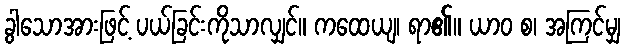
ခွါသောအားဖြင့် ပယ်ခြင်းကိုသာလျှင်။ ကထေယျ၊ ရာ၏။ ယာဝ စ၊ အကြင်မျှ